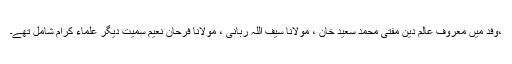
،وفد میں معروف عالم دین مفتی محمد سعید خان ، مولانا سیف اللہ ربانی ، مولانا فرحان نعیم سمیت دیگر علماء کرام شامل تھے۔